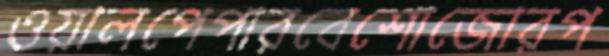
ওয়ালপেপারবেশোজোরপ